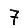
Digit: 7